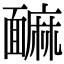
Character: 䩋